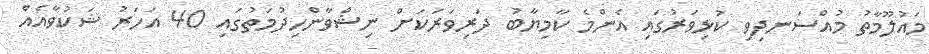
މައުލޫމާތު މުއްސަނދިވި ކުޅިވަރުގައި އެންމެ ކާމިޔާބު ދަރިވަރަކަށް ނިޝްވާންހިދުމަތުގައި 40 އަހަރު ޝަކުވާއެއް